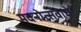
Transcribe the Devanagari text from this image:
मदनोत्सवाचे